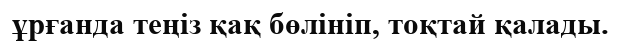
ұрғанда теңіз қақ бөлініп, тоқтай қалады.